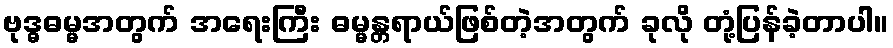
ဗုဒ္ဓဓမ္မအတွက် အရေးကြီး ဓမ္မန္တရာယ်ဖြစ်တဲ့အတွက် ခုလို တုံ့ပြန်ခဲ့တာပါ။